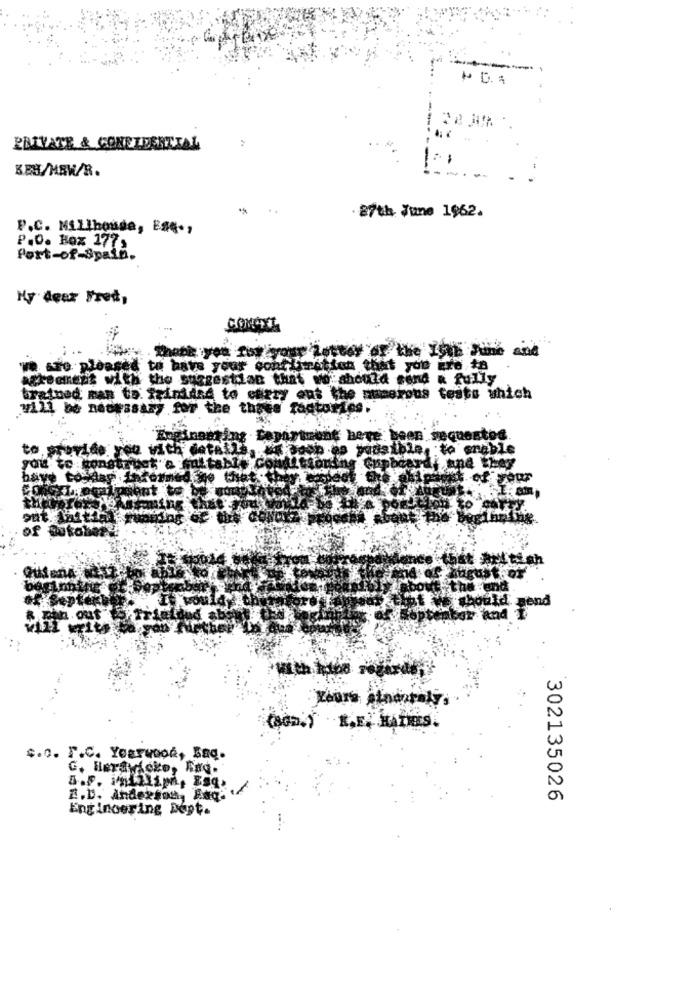
+ 0.1
PRIVATE & CONFIDENTIAL
KEH/MBW/R.
. 87th June 1962.
P.C. Millhouse, ESG -,
P.O. Box 177,
Fort-of-Spain.
Hy deez Fred,
CONGYZ
Cyour Letter of the Iin Fine and
me are pleased to have your cont
Timotion that you are +8
agreement with the suggestion that wo should send & fully
bratnad man to Trinidad to carry ens the muamerous tests which
will be necessary for the those
factories.
ng Leportrunt here: been sequestos.
to provide you with details. sabes padsible, to enable
Cupboardy and they
have toslags
Gutena
nd
CHOD.T .R.E. HAINES.
s.o. F.C. Yearwood, Saq.
G. Herawisko, Rad.
A.D. Anderson, Bug. '
302135026
Engineering Dept.